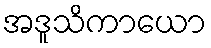
အဒူသိကာယော